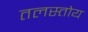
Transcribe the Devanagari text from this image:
तलस्तोय